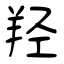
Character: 羟